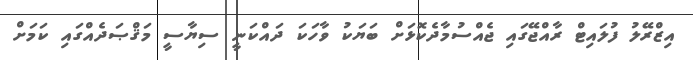
އިޒްރޭލު ފުލައިޓް ރާއްޖޭގައި ޖެއްސުމާދެކޮޅަށް ބަޔަކު ވާހަކަ ދައްކަނީ ސިޔާސީ މަޤްޞަދެއްގައި ކަމަށް